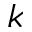
k